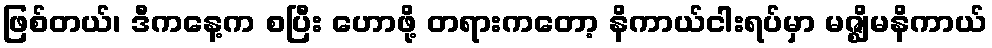
ဖြစ်တယ်၊ ဒီကနေ့က စပြီး ဟောဖို့ တရားကတော့ နိကာယ်ငါးရပ်မှာ မဇ္ဈိမနိကာယ်